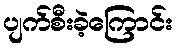
ပျက်စီးခဲ့ကြောင်း